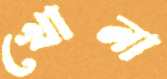
খোনা